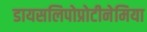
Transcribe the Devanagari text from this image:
डायसलिपोप्रोटीनेमिया